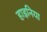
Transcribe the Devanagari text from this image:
हाइनिया